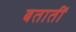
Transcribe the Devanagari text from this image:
बतातीं